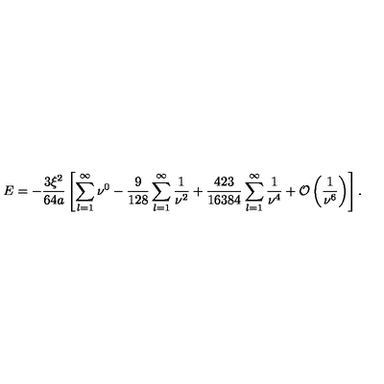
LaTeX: E = - \frac { 3 \xi ^ { 2 } } { 6 4 a } \left[ \sum _ { l = 1 } ^ { \infty } \nu ^ { 0 } - \frac { 9 } { 1 2 8 } \sum _ { l = 1 } ^ { \infty } \frac { 1 } { \nu ^ { 2 } } + \frac { 4 2 3 } { 1 6 3 8 4 } \sum _ { l = 1 } ^ { \infty } \frac { 1 } { \nu ^ { 4 } } + { \cal O } \left( \frac { 1 } { \nu ^ { 6 } } \right) \right] { . }